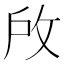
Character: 𢼄